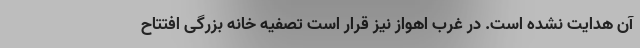
آن هدایت نشده است. در غرب اهواز نیز قرار است تصفیه خانه بزرگی افتتاح